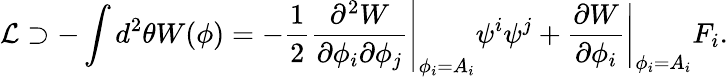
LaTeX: {\cal L}\supset-\int d^{2}\theta W(\phi)=-\frac{1}{2}\left.\frac{\partial^{2}W}{\partial\phi_{i}\partial\phi_{j}}\right|_{\phi_{i}=A_{i}}\psi^{i}\psi^{j}+\left.\frac{\partial W}{\partial\phi_{i}}\right|_{\phi_{i}=A_{i}}F_{i}.